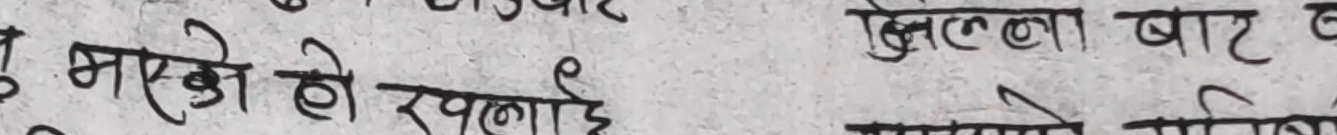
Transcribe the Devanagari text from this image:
मस्के हो रप्लाई खुला बाट व